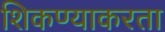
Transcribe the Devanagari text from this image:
शिकण्याकरता